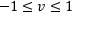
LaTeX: - 1 \leq v \leq 1